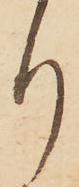
り